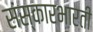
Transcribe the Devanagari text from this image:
संस्कारभारती